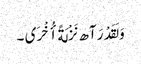
وَ لَقَدْ رَآھ نَزْلَةً أُخْرَی ۔